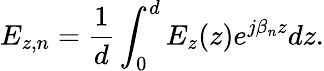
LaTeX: E_{z,n}=\frac{1}{d}\int_{0}^{d}E_{z}(z)e^{j\beta_{n}z}dz.